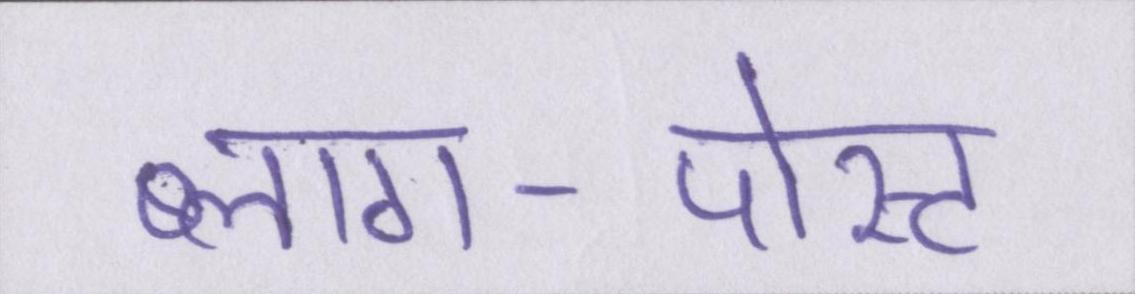
ब्लाग-पोस्ट